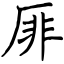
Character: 厞